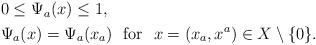
LaTeX: \begin{align*}\begin{aligned}&0\le \Psi_a(x)\le 1,\\&\Psi_a(x)=\Psi_a(x_a) \ \ \mbox{for}\ \ x=(x_a,x^a)\in X\setminus\{0\}.\end{aligned}\end{align*}